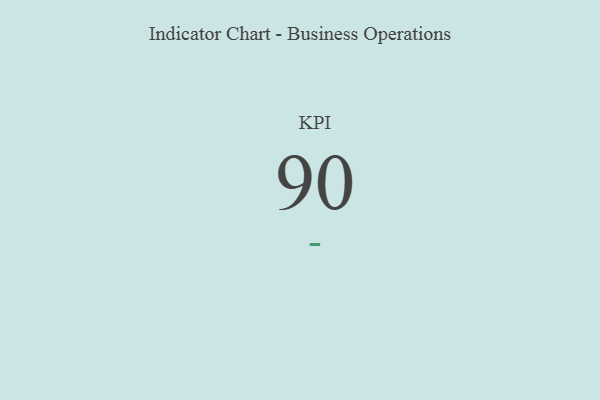
{"axis": {"x": "KPI", "y": "Value"}, "legend": [""], "data": [{"x": "KPI", "y": 90, "type": ""}]}